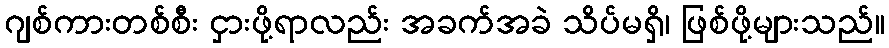
ဂျစ်ကားတစ်စီး ငှားဖို့ရာလည်း အခက်အခဲ သိပ်မရှိ၊ ဖြစ်ဖို့များသည်။